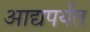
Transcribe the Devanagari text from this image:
आद्यपर्यंत